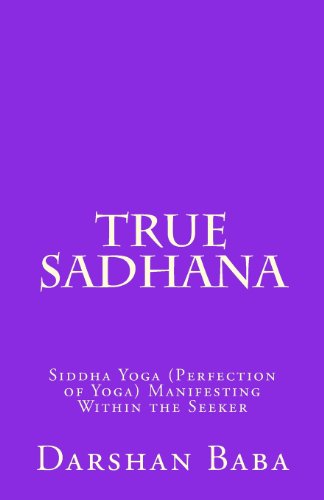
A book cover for True Sadhana: Siddha Yoga (Perfection of Yoga) Manifesting Within the Seeker; Darshan Baba; Religion & Spirituality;